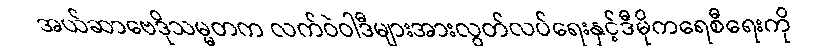
အယ်ဆာဗေဒိုသမ္မတက လက်ဝဲဝါဒီများအားလွတ်လပ်ရေးနှင့်ဒီမိုကရေစီရေးကို